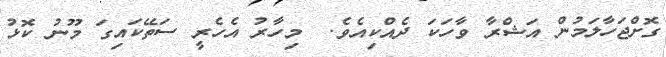
ގޮށްޖަހާލަމުން އަޝްރާ ވާހަކަ ދެއްކިއެވެ.  މިހާރު އެހެރީ ސަތޭކައިގަ މޫނު ކޮޅު